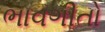
ભાવગીતો